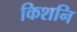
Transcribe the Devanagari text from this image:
किशनि